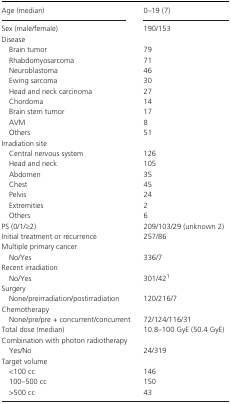
<table><thead><tr><td><b>Age (median)</b></td><td><b>0–19 (7)</b></td></tr></thead><tbody><tr><td>Sex (male/female)</td><td>190/153</td></tr><tr><td colspan="2">Disease</td></tr><tr><td>Brain tumor</td><td>79</td></tr><tr><td>Rhabdomyosarcoma</td><td>71</td></tr><tr><td>Neuroblastoma</td><td>46</td></tr><tr><td>Ewing sarcoma</td><td>30</td></tr><tr><td>Head and neck carcinoma</td><td>27</td></tr><tr><td>Chordoma</td><td>14</td></tr><tr><td>Brain stem tumor</td><td>17</td></tr><tr><td>AVM</td><td>8</td></tr><tr><td>Others</td><td>51</td></tr><tr><td colspan="2">Irradiation site</td></tr><tr><td>Central nervous system</td><td>126</td></tr><tr><td>Head and neck</td><td>105</td></tr><tr><td>Abdomen</td><td>35</td></tr><tr><td>Chest</td><td>45</td></tr><tr><td>Pelvis</td><td>24</td></tr><tr><td>Extremities</td><td>2</td></tr><tr><td>Others</td><td>6</td></tr><tr><td>PS (0/1/≥2)</td><td>209/103/29 (unknown 2)</td></tr><tr><td>Initial treatment or recurrence</td><td>257/86</td></tr><tr><td colspan="2">Multiple primary cancer</td></tr><tr><td>No/Yes</td><td>336/7</td></tr><tr><td colspan="2">Recent irradiation</td></tr><tr><td>No/Yes</td><td>301/42a</td></tr><tr><td colspan="2">Surgery</td></tr><tr><td>None/preirradiation/postirradiation</td><td>120/216/7</td></tr><tr><td colspan="2">Chemotherapy</td></tr><tr><td>None/pre/pre + concurrent/concurrent</td><td>72/124/116/31</td></tr><tr><td>Total dose (median)</td><td>10.8–100 GyE (50.4 GyE)</td></tr><tr><td colspan="2">Combination with photon radiotherapy</td></tr><tr><td>Yes/No</td><td>24/319</td></tr><tr><td colspan="2">Target volume</td></tr><tr><td>&lt;100 cc</td><td>146</td></tr><tr><td>100–500 cc</td><td>150</td></tr><tr><td>&gt;500 cc</td><td>43</td></tr></tbody></table>